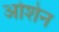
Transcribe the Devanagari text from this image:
ओशेन